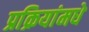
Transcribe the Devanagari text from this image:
प्रक्रियांमधे